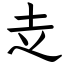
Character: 赱